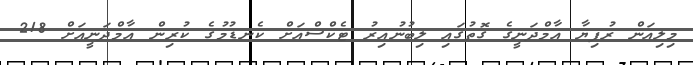
މިލިއަން ރުފިޔާ އާމްދަނީގެ ގޮތުގައި ލިބުނުއިރު ޓެކްސްއަށް ކެނޑުމުގެ ކުރިން އާމްދަނީއަށް 218